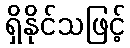
ရှိနိုင်သဖြင့်